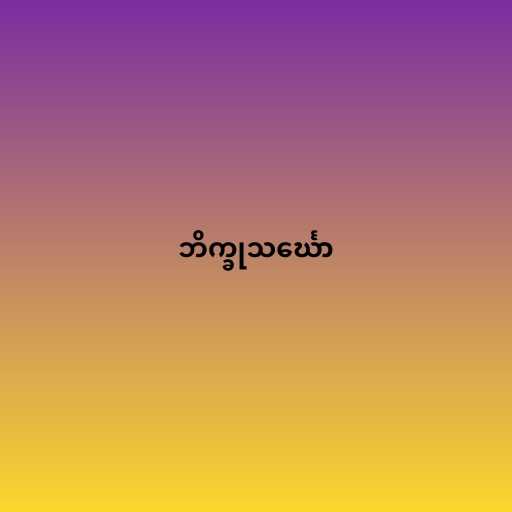
ဘိက္ခုသင်္ဃော